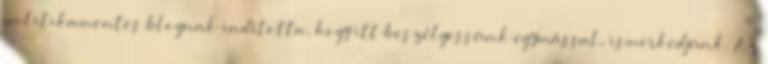
politikamentes blognak indította, hogy itt beszélgessünk egymással, ismerkedjünk. Az